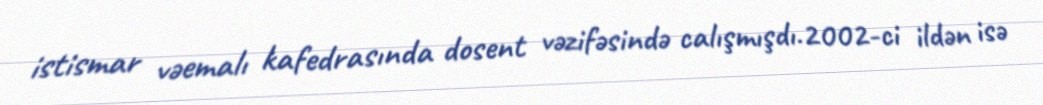
istismar vəemalı kafedrasında dosent vəzifəsində calışmışdı.2002-ci ildən isə